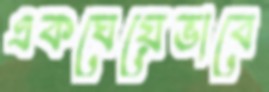
একঘেয়েভাবে